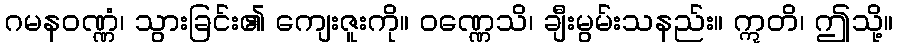
ဂမနဝဏ္ဏံ၊ သွားခြင်း၏ ကျေးဇူးကို။ ဝဏ္ဏေသိ၊ ချီးမွမ်းသနည်း။ ဣတိ၊ ဤသို့။